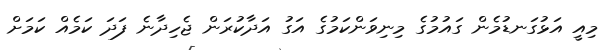
މިއީ އަޅުގަނޑުމެން ގައުމުގެ މިނިވަންކަމުގެ އަގު އަދާކުރަން ޖެހިދާނެ ފަދަ ކަމެއް ކަމަށް